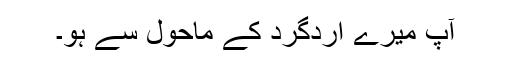
آپ میرے اردگرد کے ماحول سے ہو۔